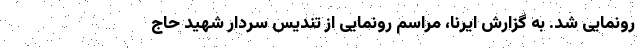
رونمایی شد. به گزارش ایرنا، مراسم رونمایی از تندیس سردار شهید حاج